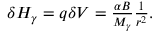
\begin{array} { r } { \delta H _ { \gamma } = q \delta V = \frac { \alpha B } { M _ { \gamma } } \frac { 1 } { r ^ { 2 } } . } \end{array}